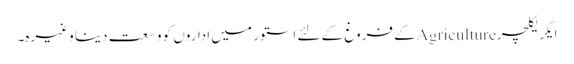
ایگریکلچرAgricultureکے فروغ کے لئے استور میں اداروں کو وسعت دینا وغیرہ۔